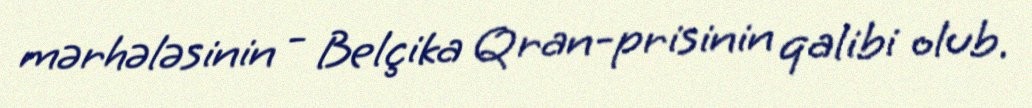
mərhələsinin - Belçika Qran-prisinin qalibi olub.